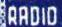
RADIO